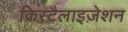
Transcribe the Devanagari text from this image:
क्रिस्टैलाइज़ेशन